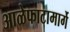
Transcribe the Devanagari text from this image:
आळेफाटामार्गे